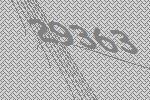
29363